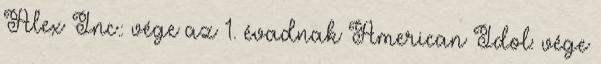
Alex Inc.: vége az 1. évadnak American Idol: vége